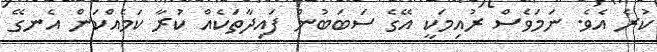
ކުރެ އެވެ. ނަމަވެސް ރުއިމަކީ އޭގެ ސަބަބުން ފައިދާތަކެއް ކުރާ ކަމެއްކަން އެނގޭ